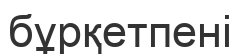
бұрқетпені